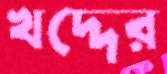
খদ্দের